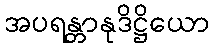
အပရန္တာနုဒိဋ္ဌိယော